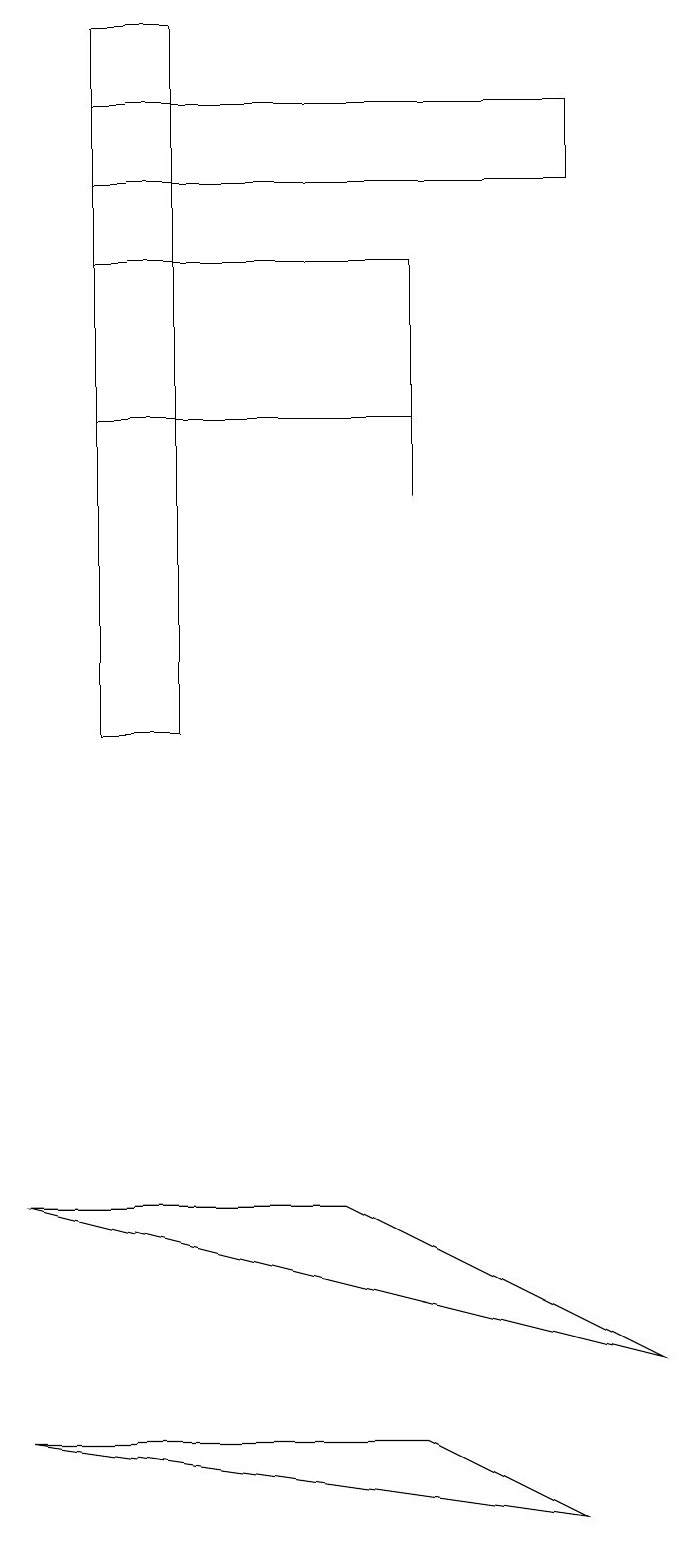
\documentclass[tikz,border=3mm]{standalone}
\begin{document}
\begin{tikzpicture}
\draw (5,16) rectangle (5,13);
\draw (4,4) -- (0,4) -- (8,2) -- cycle;
\draw (2,19) rectangle (1,10);
\draw (7,0) -- (0,1) -- (5,1) -- cycle;
\draw (5,16) rectangle (1,14);
\draw (1,18) rectangle (7,17);
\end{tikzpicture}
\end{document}